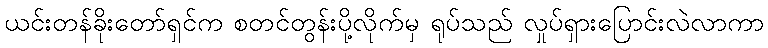
ယင်းတန်ခိုးတော်ရှင်က စတင်တွန်းပို့လိုက်မှ ရုပ်သည် လှုပ်ရှားပြောင်းလဲလာကာ